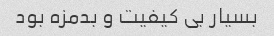
بسیار بی کیفیت و بدمزه بود